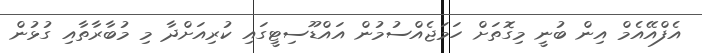
އެފްއޭއެމް އިން ބުނީ މިގޮތަށް ހަމަޖެއްސުމުން އައްޑޫސިޓީގައި ކުރިއަށްދާ މި މުބާރާތާއި ގުޅުން